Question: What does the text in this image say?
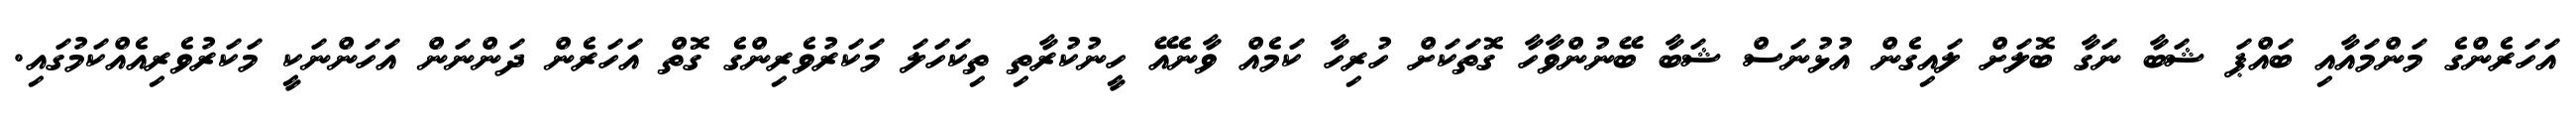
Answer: އަހަރެންގެ މަންމައާއި ބައްޕަ ޝަބާ ނަގާ ބޮލަށް ލައިގެން އުޅުނަސް ޝަބާ ބޭނުންވާހާ ގޮތަކަށް ހުރިހާ ކަމެއް ވާނެއޭ ހީނުކުރާތި ތިކަހަލަ މަކަރުވެރިންގެ ގޮތް އަހަރެން ދަންނަން އަހަންނަކީ މަކަރުވެރިއެއްކަމުގައި.